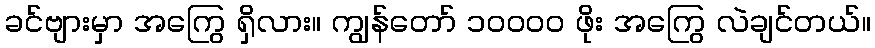
ခင်ဗျားမှာ အကြွေ ရှိလား။ ကျွန်တော် ၁၀၀၀၀ ဖိုး အကြွေ လဲချင်တယ်။